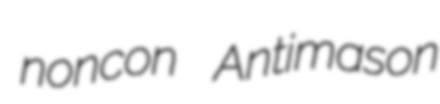
noncon Antimason